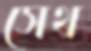
সেথ